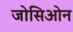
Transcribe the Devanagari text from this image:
जोसिओन